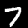
Digit: 7